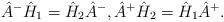
LaTeX: \begin{align*} \hat{A}^- \hat{H}_1 = \hat{H}_2 \hat{A}^-, \hat{A}^+ \hat{H}_2 = \hat{H}_1 \hat{A}^+.\end{align*}